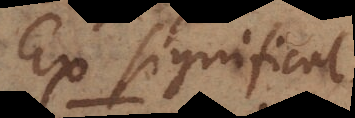
Ex significat